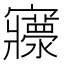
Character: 𡬄